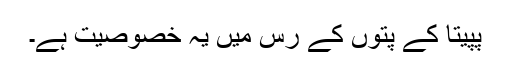
پپیتا کے پتوں کے رس میں یہ خصوصیت ہے۔